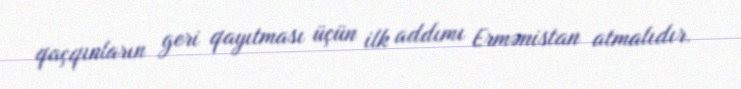
qaçqınların geri qayıtması üçün ilk addımı Ermənistan atmalıdır.